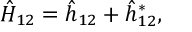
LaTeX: \hat { H } _ { 1 2 } = \hat { h } _ { 1 2 } + \hat { h } _ { 1 2 } ^ { * } ,